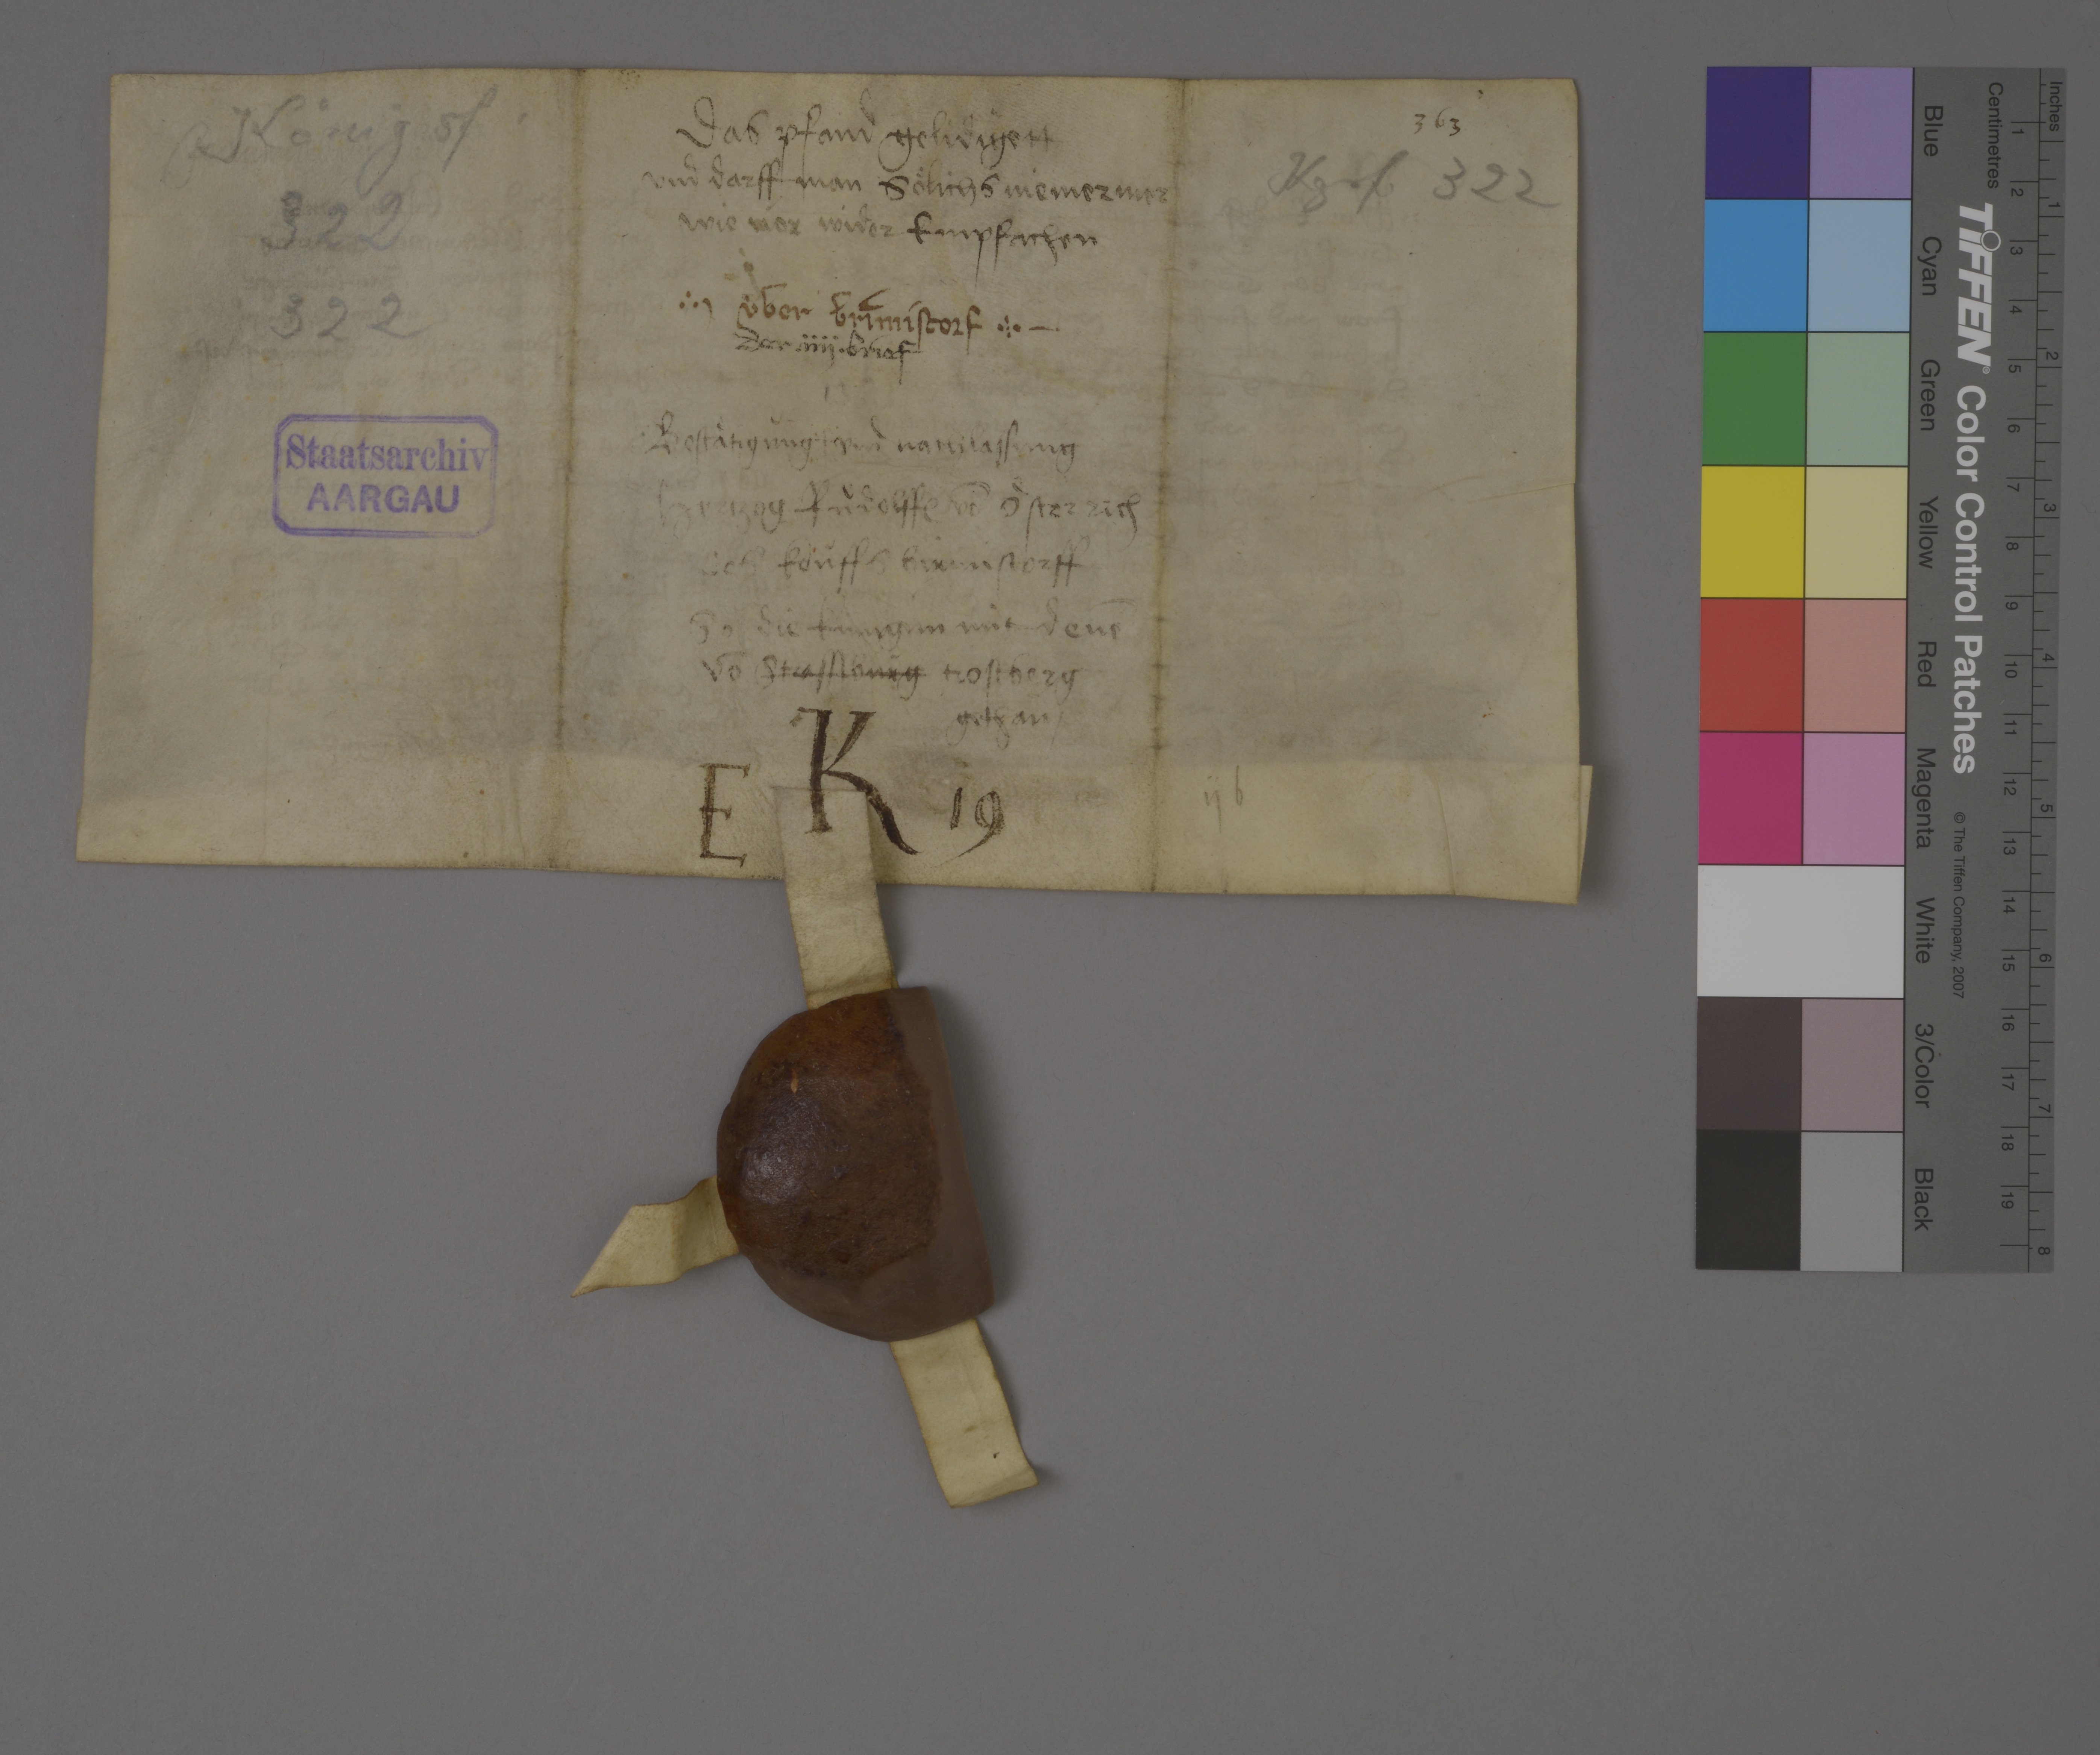
Transcription:
Königsf.
322
322

das pfand gelidigett
und darff man soͤlichs niemermer
wie vor wider empfachen
✳
bestaͤtigùng₎ ✳ und nachlassung
hertzog Ruͦdolff₎ vō Oͤsterrich
des koùffs Birmistorff
so die kùnigùn mit denē
vō Strassbùrg Trostberg
gethan ✳

363

Kgsf. 322

✳ ùber Birmistorf ✳

der ✳ iiij ✳ brief

1363

Staatsarchiv
AARGAU

K
E 19

ij b